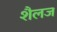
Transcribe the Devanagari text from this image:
शैलज